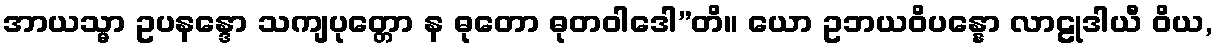
အာယသ္မာ ဥပနန္ဒော သကျပုတ္တော န ဓုတော ဓုတဝါဒေါ”တိ။ ယော ဥဘယဝိပန္နော လာဠုဒါယီ ဝိယ,